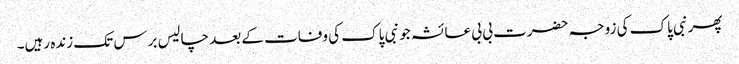
پھر نبی پاک کی زوجہ حضرت بی بی عائشہ جو نبی پاک کی وفات کے بعد چالیس برس تک زندہ رہیں۔